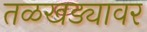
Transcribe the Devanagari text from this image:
तळखड्यावर